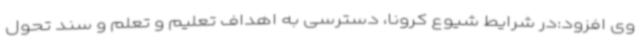
وی افزود:در شرایط شیوع کرونا، دسترسی به اهداف تعلیم و تعلم و سند تحول